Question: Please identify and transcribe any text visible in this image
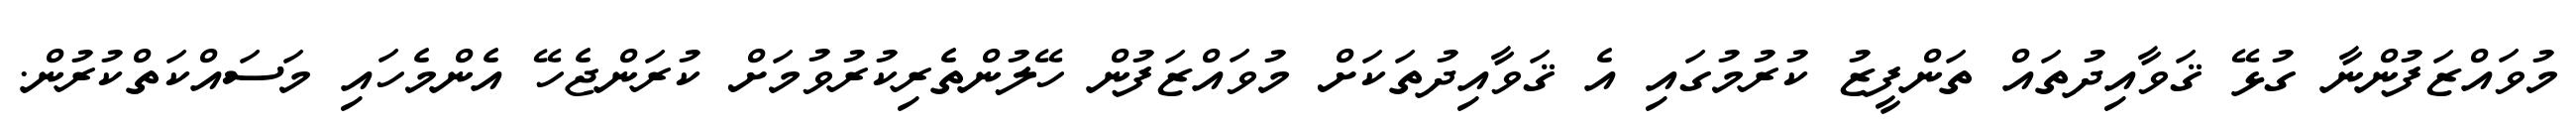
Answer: މުވައްޒަފުންނާ ގުޅޭ ޤަވާއިދުތައް ތަންފީޒު ކުރުމުގައި އެ ޤަވާއިދުތަކަށް މުވައްޒަފުން ހޭލުންތެރިކުރުވުމަށް ކުރަންޖެހޭ އެންމެހައި މަސައްކަތްކުރުން.